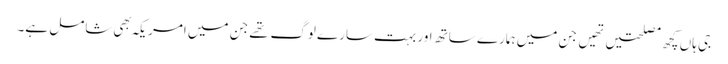
جی ہاں کچھ مصلحتیں تهیں جن میں ہمارے ساتھ اور بہت سارے لوگ تهے جن میں امریکہ بهی شامل ہے۔